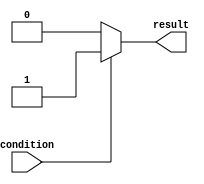
module basic_if_else (
    input wire condition,
    output reg result
);

always @(*) begin
    if (condition) begin
        result = 1;
    end else begin
        result = 0;
    end
end

endmodule